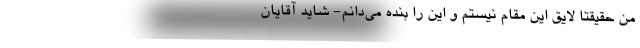
من حقیقتاً لایق این مقام نیستم و این را بنده می‌دانم- شاید آقایان